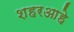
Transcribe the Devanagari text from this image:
शहरआहे